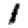
Digit: 1